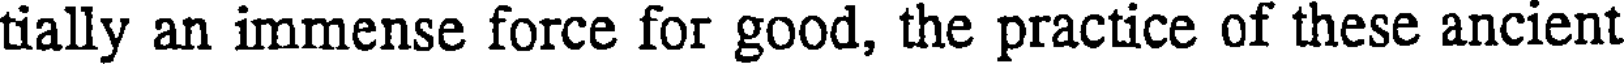
tially an immense force for good, the practice of these ancient